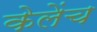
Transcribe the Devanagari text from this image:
केलेंच